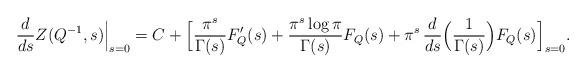
LaTeX: \begin{align*}\dfrac{d}{ds}Z(Q^{-1}, s)\Big|_{s=0} = C + \Big[ \dfrac{\pi^s}{\Gamma(s)}F'_Q(s)+ \dfrac{\pi^s \log \pi}{\Gamma(s)}F_Q(s) +\pi^s \, \dfrac{d}{ds}\Big(\dfrac{1}{\Gamma(s)} \Big) F_Q(s) \Big]_{s=0}.\end{align*}